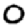
Digit: 0